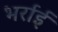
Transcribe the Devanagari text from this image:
भर्राई